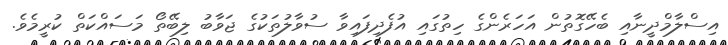
އިސްލާމްދީނާއި ބެހޭގޮތުން އަހަރެންގެ ހިތުގައި އުފެދިފައިވާ ސުވާލުތަކުގެ ޖަވާބު ލިބޭތޯ މަސައްކަތް ކުރީމެވެ.